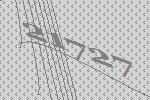
21727